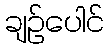
ချဉ်ပေါင်